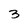
Character: 3